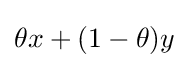
\theta x+(1-\theta )y